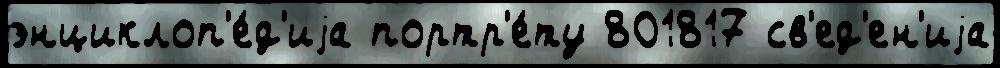
энциклоп'е́д'иjа портр'е́ту 801817 св'ед'ен'иjа